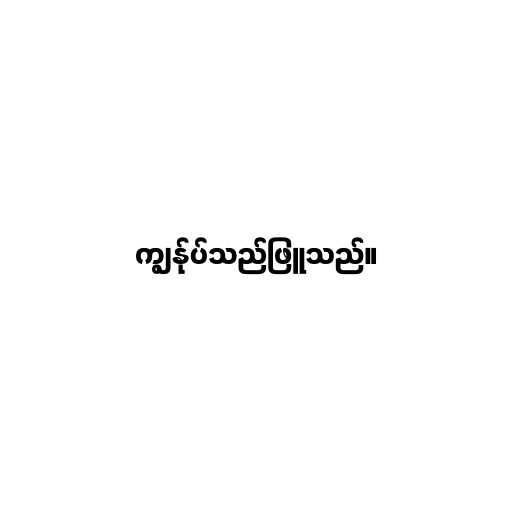
ကျွန်ုပ်သည်ဖြူသည်။